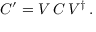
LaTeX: C ^ { \prime } = V \, C \, V ^ { \dagger } \, .